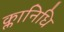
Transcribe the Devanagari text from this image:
क्लानिधि